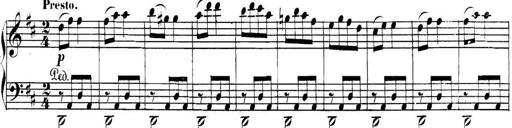
Title: Collected Piano Sonatas
Composer: Muzio Clementi